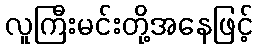
လူကြီးမင်းတို့အနေဖြင့်